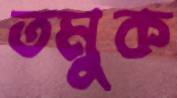
তমুক